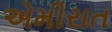
એમીરાત